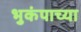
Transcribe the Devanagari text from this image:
भुकंपाच्या